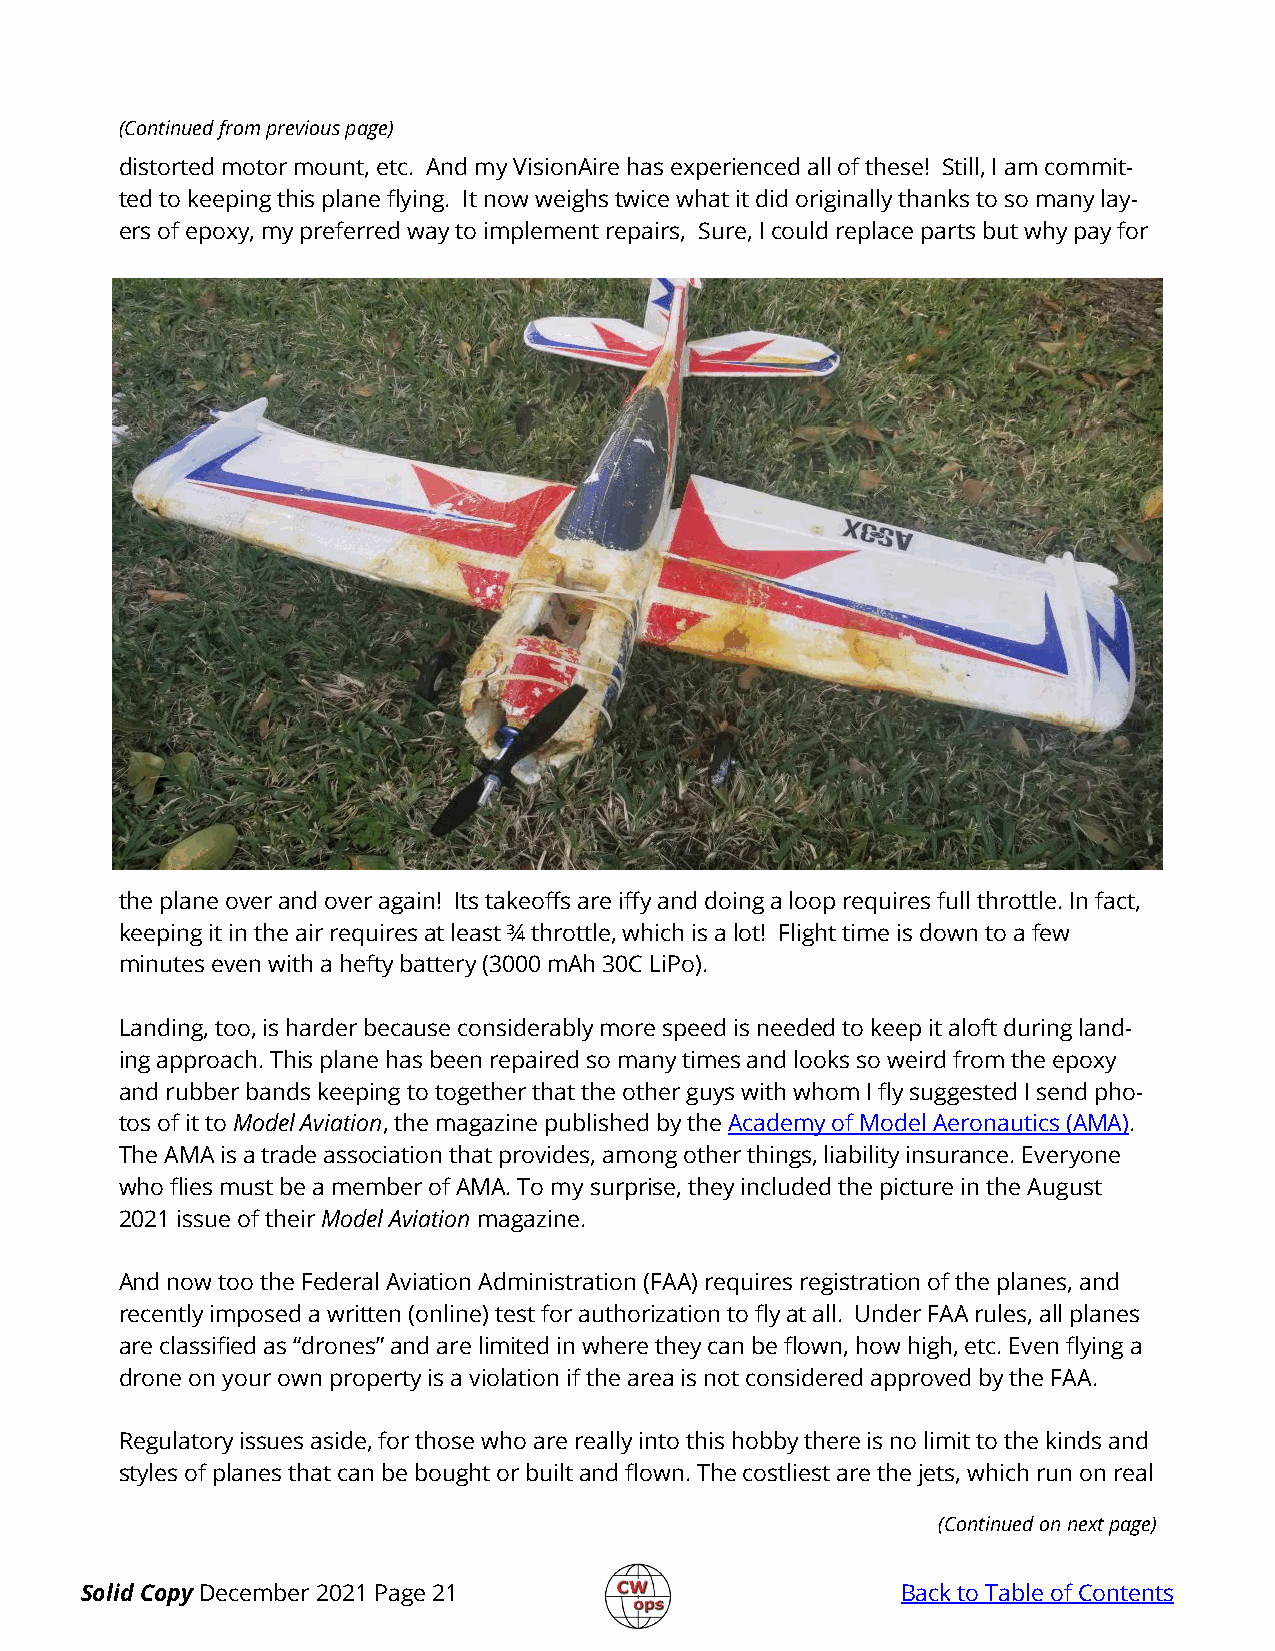
(Continued from previous page)
 distorted motor mount, etc. And my VisionAire has experienced all of these! Still, I am commit-
 ted to keeping this plane flying. It now weighs twice what it did originally thanks to so many lay-
 ers of epoxy, my preferred way to implement repairs, Sure, I could replace parts but why pay for
 the plane over and over again! Its takeoffs are iffy and doing a loop requires full throttle. In fact,
 keeping it in the air requires at least ¾ throttle, which is a lot! Flight time is down to a few
 minutes even with a hefty battery (3000 mAh 30C LiPo).
 Landing, too, is harder because considerably more speed is needed to keep it aloft during land-
 ing approach. This plane has been repaired so many times and looks so weird from the epoxy
 and rubber bands keeping to together that the other guys with whom I fly suggested I send pho-
 tos of it to Model Aviation, the magazine published by the Academy of Model Aeronautics (AMA).
 The AMA is a trade association that provides, among other things, liability insurance. Everyone
 who flies must be a member of AMA. To my surprise, they included the picture in the August
 2021 issue of their Model Aviation magazine.
 And now too the Federal Aviation Administration (FAA) requires registration of the planes, and
 recently imposed a written (online) test for authorization to fly at all. Under FAA rules, all planes
 are classified as “drones” and are limited in where they can be flown, how high, etc. Even flying a
 drone on your own property is a violation if the area is not considered approved by the FAA.
 Regulatory issues aside, for those who are really into this hobby there is no limit to the kinds and
 styles of planes that can be bought or built and flown. The costliest are the jets, which run on real
 (Continued on next page)
 Solid Copy December 2021 Page 21                       Back to Table of Contents